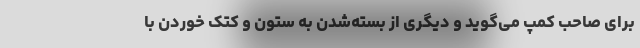
برای صاحب کمپ می‌گوید و دیگری از بسته‌شدن به ستون و کتک خوردن با